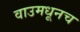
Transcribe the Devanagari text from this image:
वाउमधूनच